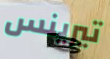
تيرينس